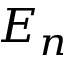
E _ { n }